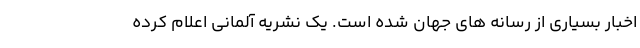
اخبار بسیاری از رسانه های جهان شده است. یک نشریه آلمانی اعلام کرده